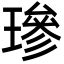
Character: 𤨵